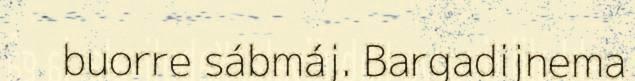
buorre sábmáj. Bargadijnema